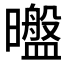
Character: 𰖶